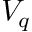
V _ { q }